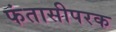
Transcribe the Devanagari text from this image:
फंतासीपरक